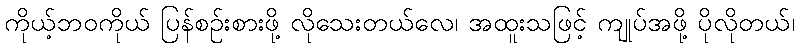
ကိုယ့်ဘဝကိုယ် ပြန်စဉ်းစားဖို့ လိုသေးတယ်လေ၊ အထူးသဖြင့် ကျုပ်အဖို့ ပိုလိုတယ်၊